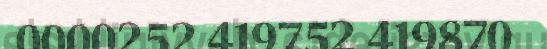
0000252 419752 419870